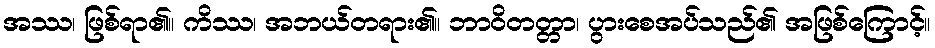
အဿ၊ ဖြစ်ရာ၏။ ကိဿ၊ အဘယ်တရား၏။ ဘာဝိတတ္တာ၊ ပွားစေအပ်သည်၏ အဖြစ်ကြောင့်။